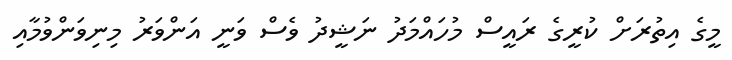
މީގެ އިތުރަށް ކުރީގެ ރައީސް މުހައްމަދު ނަޝީދު ވެސް ވަނީ އަންވަރު މިނިވަންވުމާއި